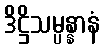
ဒိဋ္ဌိသမ္ပန္နာနံ